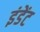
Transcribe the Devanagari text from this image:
इंडेंट